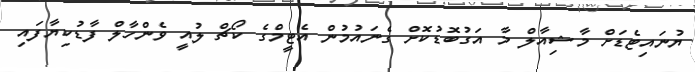
ޔުނައިޓެޑަށް މާޝިއާލް މާ އަގުބޮޑުކޮށް ގެނައުމުން އެޓީމްގެ ކޯޗް ލުއީ ވެންހާލް ފާޑުކިޔާފައި